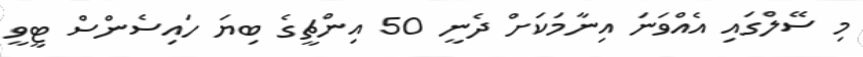
މި ސޭލްގައި އެއްވަނަ އިނާމަކަށް ދެނީ 50 އިންޗީގެ ބިޔަ ހައިސެންސް ޓީވީ